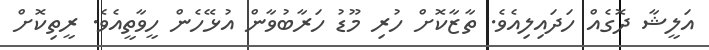
އަލީޝާ ދޮގެއް ހަދައިލިއެވެ. ތާޒާކޮށް ހުރި މޫޑު ހަރާބުވާން އުޅޭހެން ހީވާތީއެވެ. ރީތިކޮށް